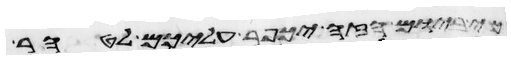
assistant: כי ביום הזה יכפר עליכם לטהר